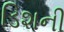
ડિશની